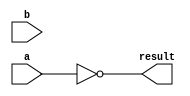
module alu_not(
	input wire [31:0] a,
	input wire [31:0] b,
	output wire [31:0] result
	);
	assign result = ~a;
endmodule